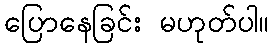
ပြောနေခြင်း မဟုတ်ပါ။